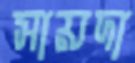
সায়দা